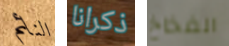
النائم ذكرانا الفخاخ